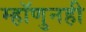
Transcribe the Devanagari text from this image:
म्हॉणुनही